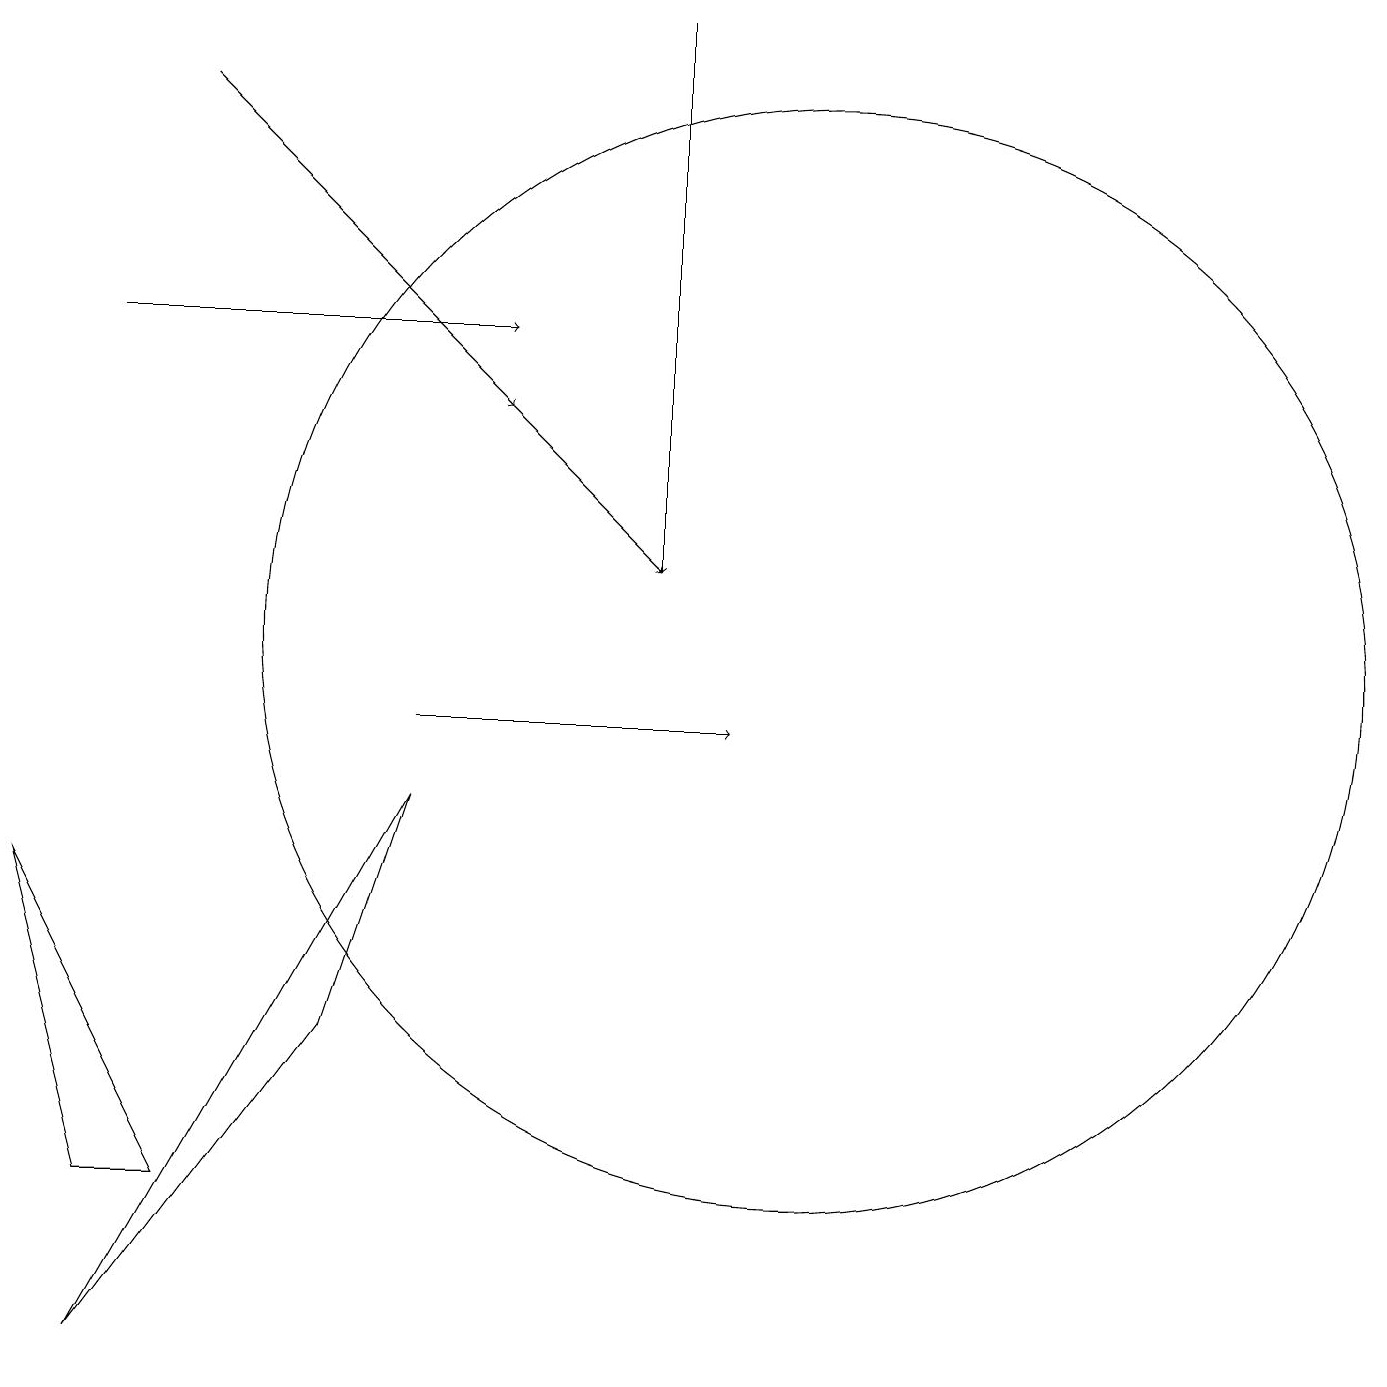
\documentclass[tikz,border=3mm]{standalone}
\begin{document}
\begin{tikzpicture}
\draw (10,11) circle (7);
\draw[->] (1,15) -- (6,15);
\draw[->] (5,10) -- (9,10);
\draw[->] (2,18) -- (6,14);
\draw (1,4) -- (0,8) -- (2,4) -- cycle;
\draw[->] (6,14) -- (8,12);
\draw (1,2) -- (4,6) -- (5,9) -- cycle;
\draw[->] (8,19) -- (8,12);
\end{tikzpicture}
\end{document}